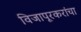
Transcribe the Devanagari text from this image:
विजापूरकरांचा